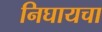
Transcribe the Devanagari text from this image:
निघायचा